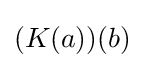
(K(a))(b)